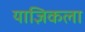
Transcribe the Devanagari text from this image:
याज्ञिकला